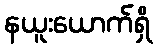
နယူးယောက်ရှိ